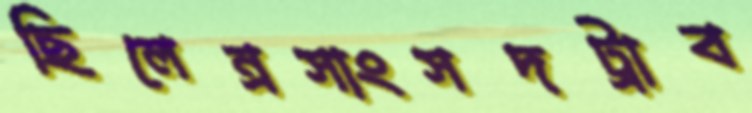
ছিলেন্রসাংসদট্রাব